Scottish Leaving Certificate Examination, 1959
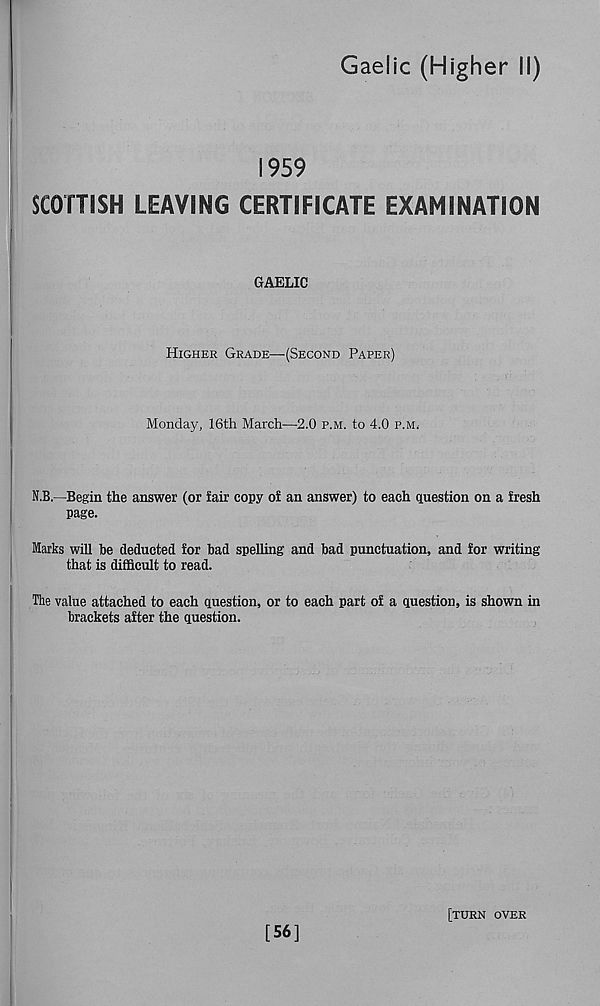
Gaelic (Higher II)
1959
SCOTTISH LEAVING CERTIFICATE EXAMINATION
GAELIC
Higher Grade—(Second Paper)
Monday, 16th March—2.0 p.m. to 4.0 p.m.
N.B.—Begin the answer (or fair copy of an answer) to each question on a fresh
page.
Marks will be deducted for bad spelling and bad punctuation, and for writing
that is difficult to read.
The value attached to each question, or to each part of a question, is shown in
brackets after the question.
[56]
[turn over